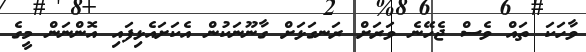
ވާހަކަ ތައް ވެސް ޖެހޭނެ ވަރަށް ރަނގަޅަށް ގާނޫނަކުން އެކަށައެޅިފައި އޮންނަން މީގެ